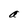
Character: a